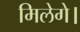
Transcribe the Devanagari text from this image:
मिलेगे।